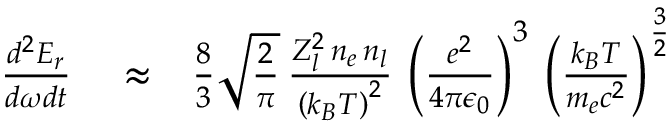
\begin{array} { r l r } { \frac { d ^ { 2 } E _ { r } } { d \omega d t } } & { { } \approx } & { \frac { 8 } { 3 } \sqrt { \frac { 2 } { \pi } } \, \frac { Z _ { l } ^ { 2 } \, n _ { e } \, n _ { l } } { \left( k _ { B } T \right) ^ { 2 } } \, \left( \frac { e ^ { 2 } } { 4 \pi \epsilon _ { 0 } } \right) ^ { 3 } \, \left( \frac { k _ { B } T } { m _ { e } c ^ { 2 } } \right) ^ { \frac { 3 } { 2 } } } \end{array}